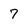
Character: 7